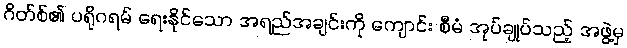
ဂိတ်စ်၏ ပရိုဂရမ် ရေးနိုင်သော အရည်အချင်းကို ကျောင်း စီမံ အုပ်ချုပ်သည့် အဖွဲ့မှ